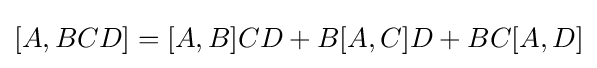
[A,BCD]=[A,B]CD+B[A,C]D+BC[A,D]